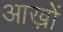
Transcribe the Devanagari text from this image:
आख़ों